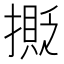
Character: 𢵉